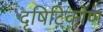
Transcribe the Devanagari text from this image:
दृषिटिकोण